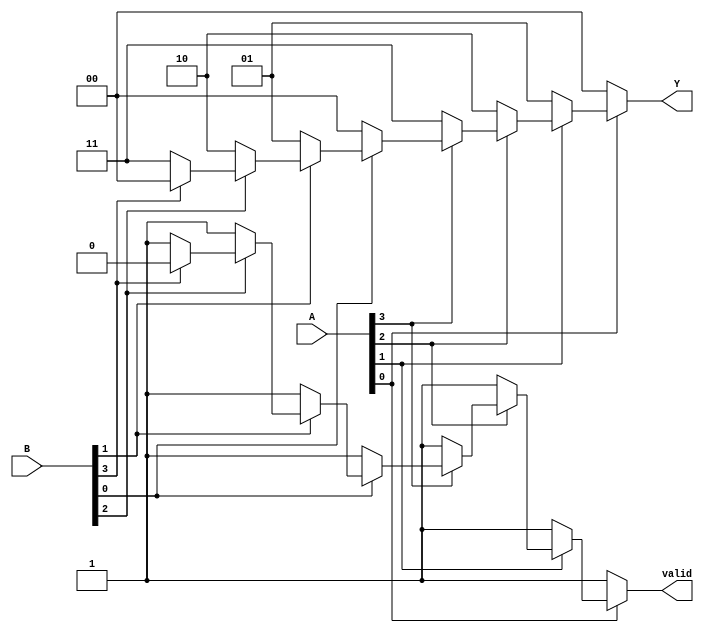
module dual_priority_encoder (
    input  wire [3:0] A,  // Active low inputs from set A
    input  wire [3:0] B,  // Active low inputs from set B
    output reg  [1:0] Y,  // Binary output for the highest priority active input
    output reg        valid // Active indicator
);

    always @(*) begin
        // Initialize outputs
        Y = 2'b00; // Default output
        valid = 1'b0; // Default valid output

        // Check inputs from set A first (higher priority)
        if (~A[0]) begin
            Y = 2'b00; // A[0] is active
            valid = 1'b1;
        end else if (~A[1]) begin
            Y = 2'b01; // A[1] is active
            valid = 1'b1;
        end else if (~A[2]) begin
            Y = 2'b10; // A[2] is active
            valid = 1'b1;
        end else if (~A[3]) begin
            Y = 2'b11; // A[3] is active
            valid = 1'b1;
        end 
        // If no active inputs in set A, check set B
        else if (~B[0]) begin
            Y = 2'b00; // B[0] is active
            valid = 1'b1;
        end else if (~B[1]) begin
            Y = 2'b01; // B[1] is active
            valid = 1'b1;
        end else if (~B[2]) begin
            Y = 2'b10; // B[2] is active
            valid = 1'b1;
        end else if (~B[3]) begin
            Y = 2'b11; // B[3] is active
            valid = 1'b1;
        end
    end

endmodule